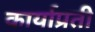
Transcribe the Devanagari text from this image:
कार्याप्रती